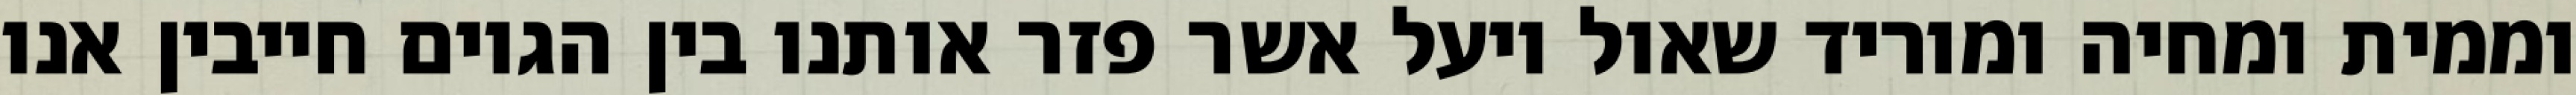
וממית ומחיה ומוריד שאול ויעל אשר פזר אותנו בין הגוים חייבין אנו